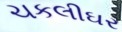
ચકલીઘર